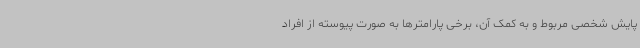
پایش شخصی مربوط و به کمک آن، برخی پارامترها به صورت پیوسته از افراد